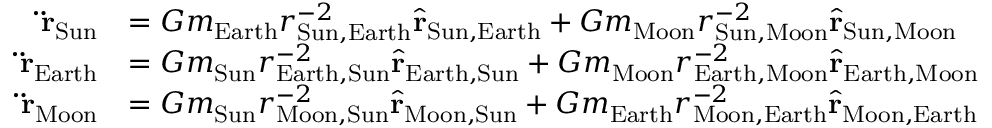
{ \begin{array} { r l } { \mathbf { \ddot { r } } _ { \mathrm { S u n } } } & { = G m _ { \mathrm { E a r t h } } r _ { { \mathrm { S u n } } , { \mathrm { E a r t h } } } ^ { - 2 } { \hat { \mathbf { r } } } _ { { \mathrm { S u n } } , { \mathrm { E a r t h } } } + G m _ { \mathrm { M o o n } } r _ { { \mathrm { S u n } } , { \mathrm { M o o n } } } ^ { - 2 } { \hat { \mathbf { r } } } _ { { \mathrm { S u n } } , { \mathrm { M o o n } } } } \\ { \mathbf { \ddot { r } } _ { \mathrm { E a r t h } } } & { = G m _ { \mathrm { S u n } } r _ { { \mathrm { E a r t h } } , { \mathrm { S u n } } } ^ { - 2 } { \hat { \mathbf { r } } } _ { { \mathrm { E a r t h } } , { \mathrm { S u n } } } + G m _ { \mathrm { M o o n } } r _ { { \mathrm { E a r t h } } , { \mathrm { M o o n } } } ^ { - 2 } { \hat { \mathbf { r } } } _ { { \mathrm { E a r t h } } , { \mathrm { M o o n } } } } \\ { \mathbf { \ddot { r } } _ { \mathrm { M o o n } } } & { = G m _ { \mathrm { S u n } } r _ { { \mathrm { M o o n } } , { \mathrm { S u n } } } ^ { - 2 } { \hat { \mathbf { r } } } _ { { \mathrm { M o o n } } , { \mathrm { S u n } } } + G m _ { \mathrm { E a r t h } } r _ { { \mathrm { M o o n } } , { \mathrm { E a r t h } } } ^ { - 2 } { \hat { \mathbf { r } } } _ { { \mathrm { M o o n } } , { \mathrm { E a r t h } } } } \end{array} }